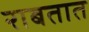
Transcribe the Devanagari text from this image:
राबतात